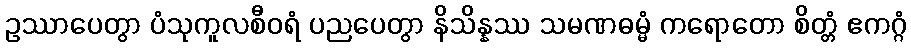
ဥဿာပေတွာ ပံသုကူလစီဝရံ ပညပေတွာ နိသိန္နဿ သမဏဓမ္မံ ကရောတော စိတ္တံ ဧကဂ္ဂံ